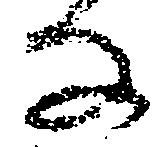
な